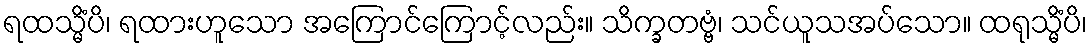
ရထသ္မိံပိ၊ ရထားဟူသော အကြောင်ကြောင့်လည်း။ သိက္ခတဗ္ဗံ၊ သင်ယူသအပ်သော။ ထရုသ္မိံပိ၊